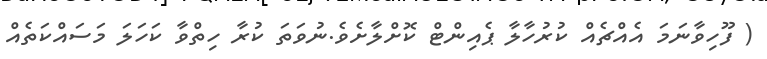
( ފޫހިވާނަމަ އެއްޗެއް ކުރުހާލާ ޕެއިންޓް ކޮށްލާށެވެ.ނުވަތަ ކުރާ ހިތްވާ ކަހަލަ މަސައްކަތެއް